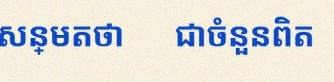
សន្មតថា x ជាចំនួនពិត